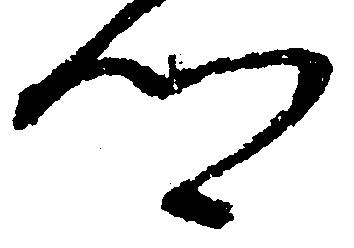
郷